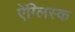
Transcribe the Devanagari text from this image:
ऐंग्लिस्क